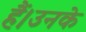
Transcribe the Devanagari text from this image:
हैं।उनके